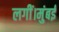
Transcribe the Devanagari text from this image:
लगीं।मुंबई